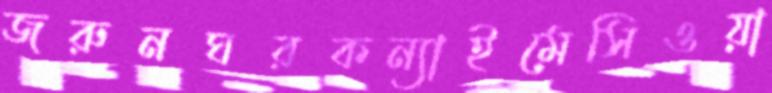
জরুনঘরকন্যাইমেসিওয়া